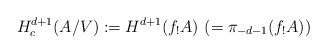
\begin{align*}H^{d+1}_c(A/V) := H^{d+1}(f_! A) \ (= \pi_{-d-1}(f_! A))\end{align*}